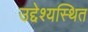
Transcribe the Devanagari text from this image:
उद्देश्यस्थित